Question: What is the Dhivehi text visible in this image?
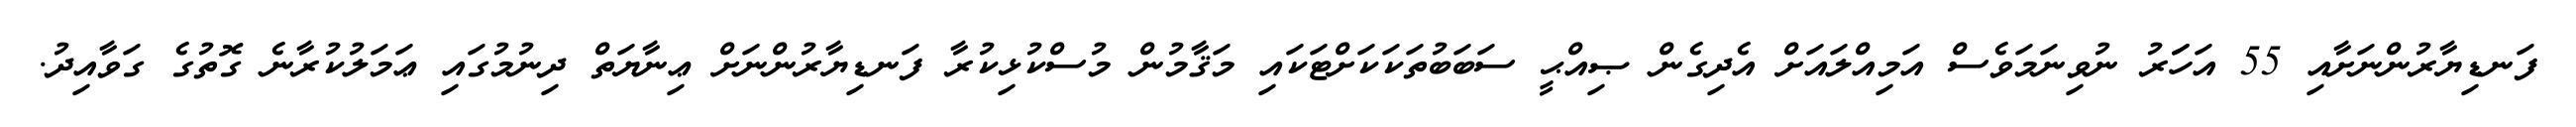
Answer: ފަނޑިޔާރުންނަށާއި 55 އަހަަރު ނުވިނަމަވެސް އަމިއްލައަށް އެދިގެން ޞިއްޙީ ސަބަބުތަކަކަށްޓަކައި މަޤާމުން މުސްކުޅިކުރާ ފަނޑިޔާރުންނަށް ޢިނާޔަތް ދިނުމުގައި ޢަމަލުކުރާނެ ގޮތުގެ ގަވާއިދު.